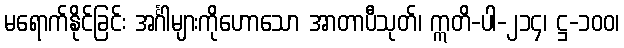
မရောက်နိုင်ခြင်း အင်္ဂါများကိုဟောသော အာတာပီသုတ်၊ ဣတိ-ပါ-၂၁၄၊ ဋ္ဌ-၁၀၀၊